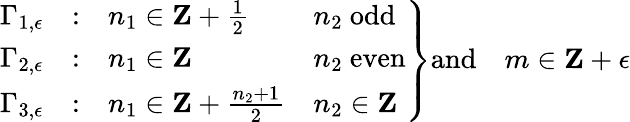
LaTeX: \left.\begin{array}{ccll}{{\Gamma_{1,\epsilon}}}&{{:}}&{{n_{1}\in{\mathbf Z}+{\frac{1}{2}}}}&{{n_{2}\ \mathrm{odd}}}\\ {{\Gamma_{2,\epsilon}}}&{{:}}&{{n_{1}\in{\mathbf Z}}}&{{n_{2}\ \mathrm{even}}}\\ {{\Gamma_{3,\epsilon}}}&{{:}}&{{n_{1}\in{\mathbf Z}+{\frac{n_{2}+1}{2}}}}&{{n_{2}\in{\mathbf Z}}}\end{array}\right\} \mathrm{and}\quad m\in{\mathbf Z}+\epsilon